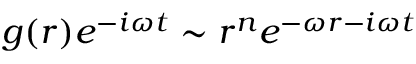
g ( r ) e ^ { - i \omega t } \sim r ^ { n } e ^ { - \omega r - i \omega t }